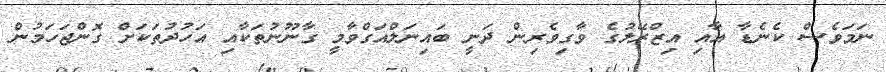
ނަމަވެސް ކެނެޑާ އާއި އިޒްރޭލުގެ ވާގިވެރިން ދަނީ ބައިނަލްއަގްވާމީ ގާނޫނުތަކާއި އަހުދުތަކަށް ގޮންޖަހަމުން